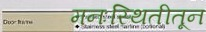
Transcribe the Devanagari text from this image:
मनःस्थितीतून